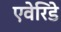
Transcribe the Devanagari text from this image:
एवेरिडे